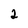
Character: 2